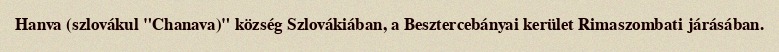
Hanva (szlovákul "Chanava)" község Szlovákiában, a Besztercebányai kerület Rimaszombati járásában.